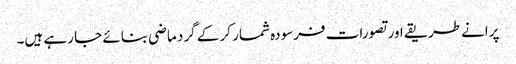
پرانے طریقے اور تصورات فرسودہ شمار کر کے گرد ماضی بنائے جا رہے ہیں۔